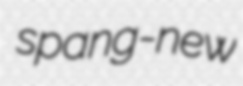
spang-new